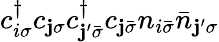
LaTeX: c_{i\sigma}^{\dagger}c_{\mathbf{j}\sigma}c_{\mathbf{j}^{\prime}\bar{{\sigma}}}^{\dagger}c_{\mathbf{j}\bar{{\sigma}}}n_{i\bar{{\sigma}}}\bar{{n}}_{\mathbf{j}^{\prime}\sigma}